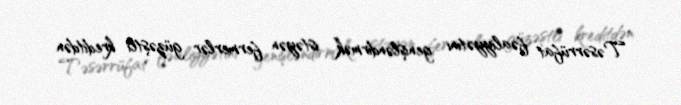
Təsərrüfat fəaliyyətini genişləndirmək istəyən fermerlər güzəştli kreditdən